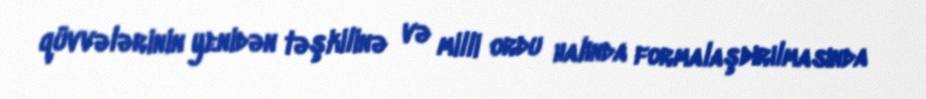
qüvvələrinin yenidən təşkilinə və milli ordu halında formalaşdırılmasında